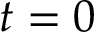
t = 0